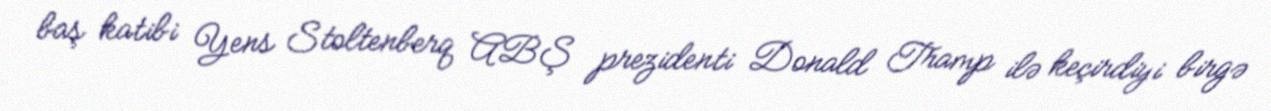
baş katibi Yens Stoltenberq ABŞ prezidenti Donald Tramp ilə keçirdiyi birgə